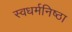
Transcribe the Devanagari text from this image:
स्वधर्मनिष्ठा